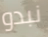
نبدو